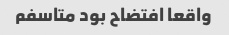
واقعا افتضاح بود متاسفم